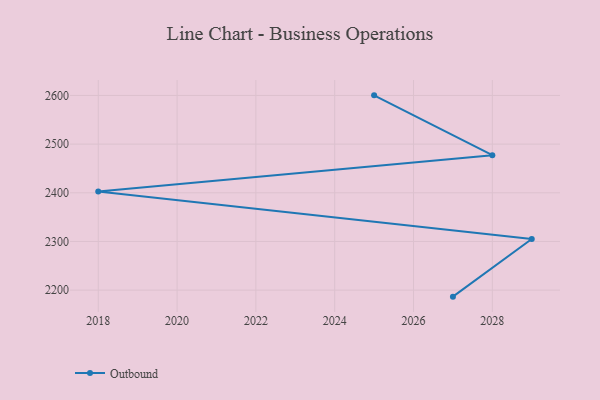
{"axis": {"x": "Year", "y": "Website Visitors"}, "legend": ["Outbound"], "data": [{"x": "2027", "y": 2186.6, "type": "Outbound"}, {"x": "2029", "y": 2305.1, "type": "Outbound"}, {"x": "2018", "y": 2402.8, "type": "Outbound"}, {"x": "2028", "y": 2477.3, "type": "Outbound"}, {"x": "2025", "y": 2600.2, "type": "Outbound"}]}